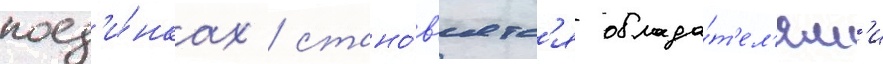
поед'и́нках / стано́в'ятс'я облада́т'ел'ям'и